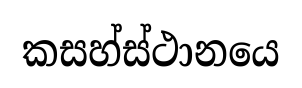
කසහ්ස්ථානයෙ